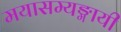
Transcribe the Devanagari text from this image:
मयासम्यङ्मायी